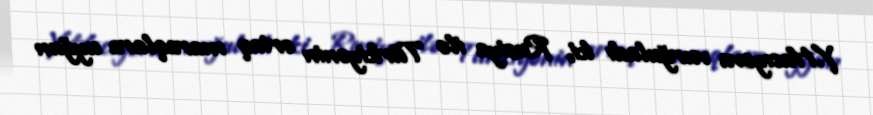
Y.Hacıyeva vurğuladı ki, Rusiya ilə Türkiyənin ortaq maraqlara uyğun